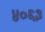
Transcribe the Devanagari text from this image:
४०६३